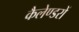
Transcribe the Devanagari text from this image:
कैलेण्डरों